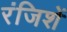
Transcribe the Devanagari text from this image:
रंजिशें